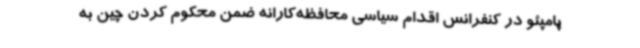
پامپئو در کنفرانس اقدام سیاسی محافظه‌کارانه ضمن محکوم کردن چین به